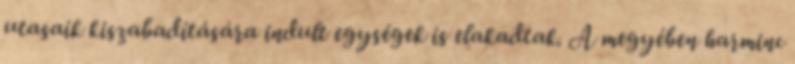
utasaik kiszabadítására indult egységek is elakadtak. A megyében harminc